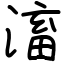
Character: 滀